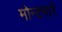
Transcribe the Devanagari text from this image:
मोन्टमारे